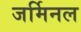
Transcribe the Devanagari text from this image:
जर्मिनल